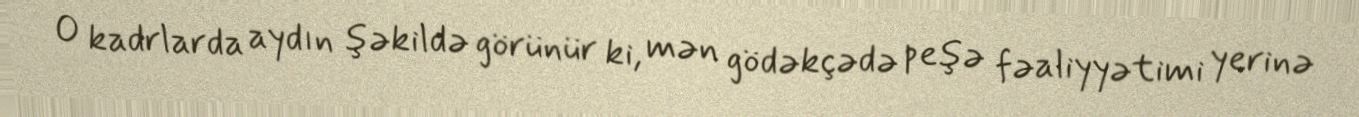
O kadrlarda aydın şəkildə görünür ki, mən gödəkçədə peşə fəaliyyətimi yerinə